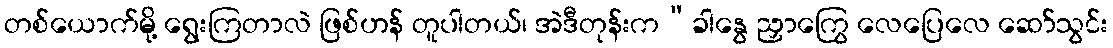
တစ်ယောက်မို့ ရွေးကြတာလဲ ဖြစ်ဟန် တူပါတယ်၊ အဲဒီတုန်းက“ခါနွေ ညှာကြွေ လေပြေလေ ဆော်သွင်း